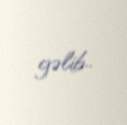
gəlib..